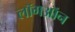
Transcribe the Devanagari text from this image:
लॉगऑन